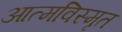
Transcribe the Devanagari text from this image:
आत्‍मविस्‍मृत